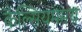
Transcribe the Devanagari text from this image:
कैल्सियममय